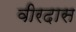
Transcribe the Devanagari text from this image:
वीरदास